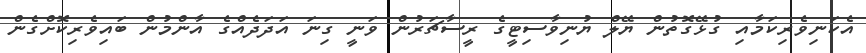
އެކަނިވެރިކަމާއި ގުޅޭގޮތުން ޔޭލް ޔުނިވާސިޓީގެ ރީސާޗަރުން ވަނީ ގިނަ އަދަދެއްގެ އާންމުން ބައިވެރިކޮށްގެން